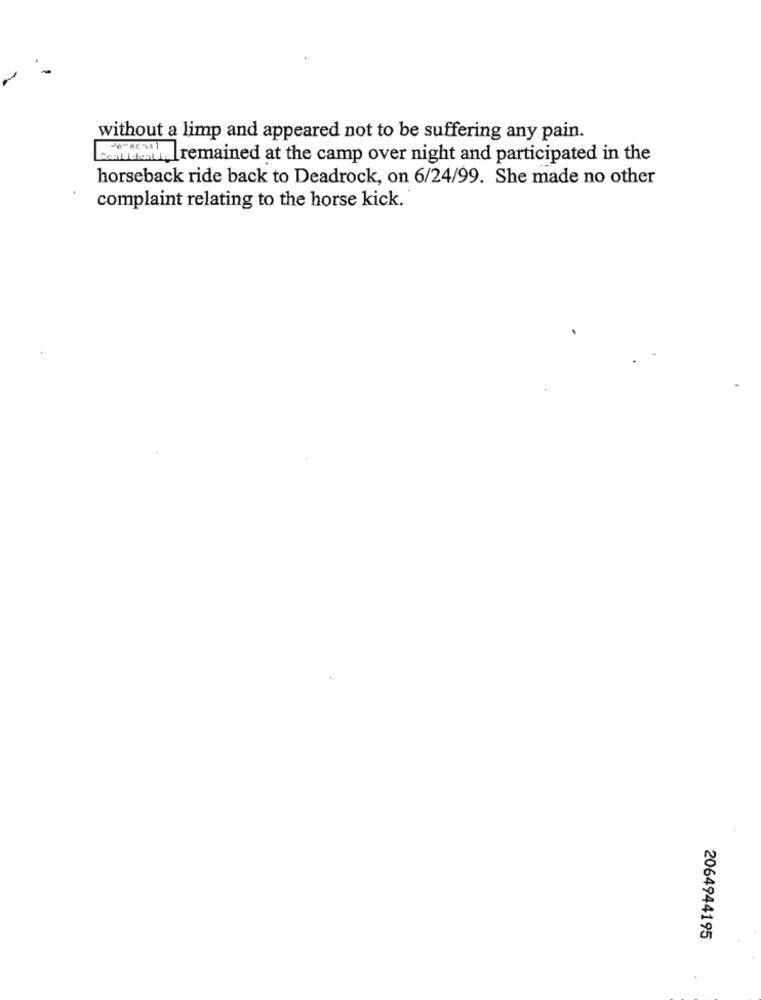
without a limp and appeared not to be suffering any pain.
remained at the camp over night and participate in the
horseback ride back to Deadrock, on 6/24/99. She made no other
complaint relating to the horse kick.
2064944195